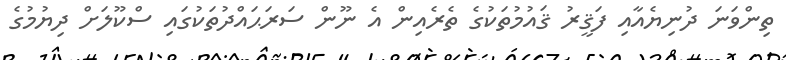
ތިންވަނަ ދުނިޔެއާއި ފަޤީރު ޤައުމުތަކުގެ ތެރެއިން އެ ނޫން ސަރަޙައްދުތަކުގައި ސްކޫލަށް ދިޔުމުގެ